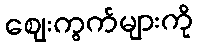
ဈေးကွက်များကို